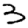
Digit: 3